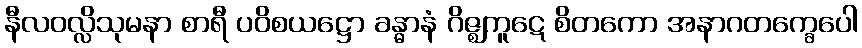
နီလဝလ္လိသုမနာ စာရီ ပဝိစယဋ္ဌော ခန္ဓာနံ ဂိဇ္ဈကူဋေ စိတကော အနာဂတက္ခေပေါ